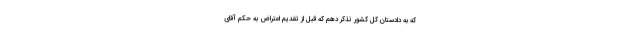
كه به دادستان ‌كل كشور تذكر دهم كه قبل از تقدیم اعتراض به حكم آقای